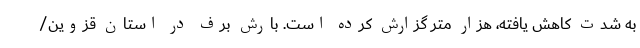
به شدت کاهش یافته، هزار متر گزارش کرده است. بارش برف در استان قزوین/